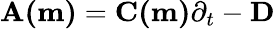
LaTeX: \mathbf{A(m)}=\mathbf{C(m)}\partial_{t}-\mathbf{D}